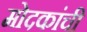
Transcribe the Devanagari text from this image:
मोदकांची